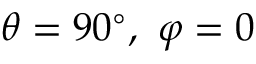
\theta = 9 0 ^ { \circ } , ~ \varphi = 0